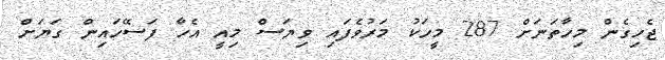
ޖެހިގެން މިހާތަނަށް 287 މީހަކު މަރުވެފައި ވިޔަސް މިއީ އެހާ ފަސޭހައިން ގަޔަށް